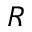
R